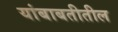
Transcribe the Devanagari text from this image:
यांबाबतीतील